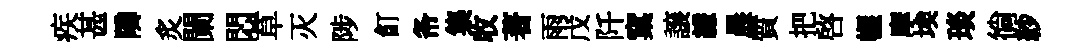
疾甚隣炙闌悶草灭陟飣𢁙集收著雨戊阡窠譲縑晨質把啟幄摩埃琰徜紗